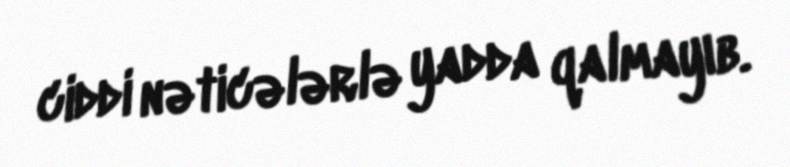
ciddi nəticələrlə yadda qalmayıb.